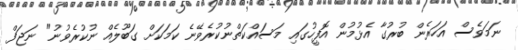
ނަމަވެސް އަހަރެން ބުރުގާ އެޅުމުން އޮފީހުގައި މަސައްކަތްނުކުރެވޭނެ ކަމަކަށް ގަބޫލެއް ނުކުރެވުނު" ނަޖަފް